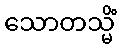
သောတသ္မိံ